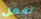
تفعل